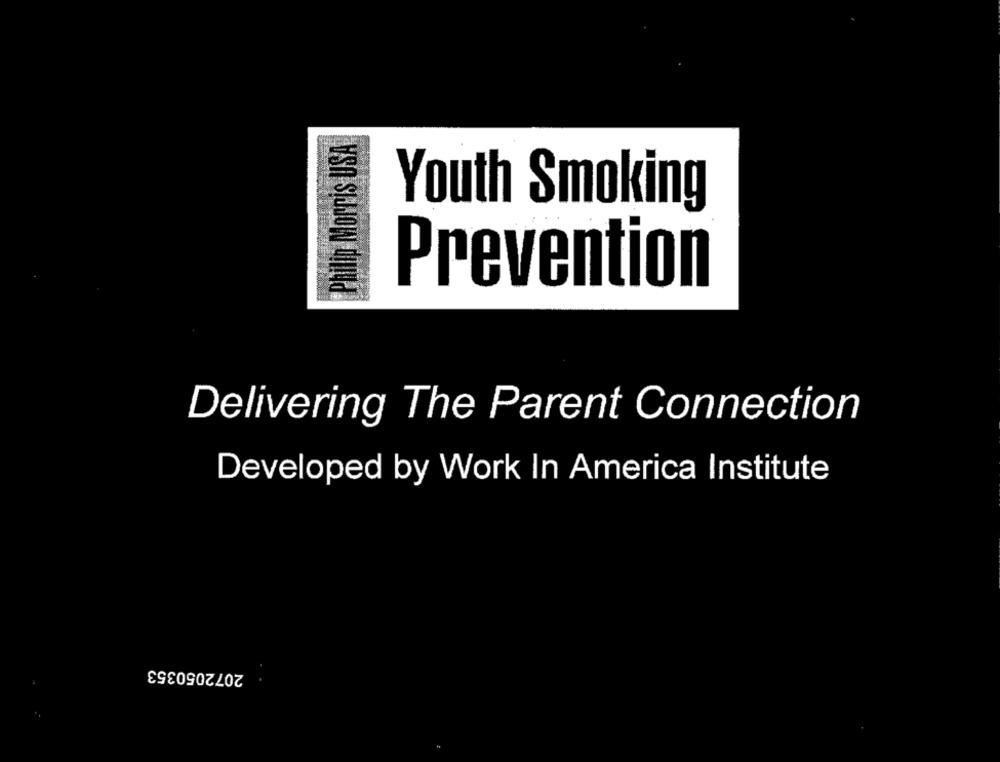
Philip Morris USA
Youth Smoking
Prevention
Delivering The Parent Connection
Developed by Work In America Institute
2072050353